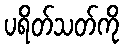
ပရိတ်သတ်ကို